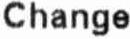
CHANGE